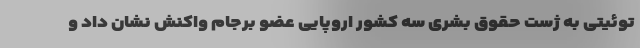
توئیتی به ژست حقوق بشری سه کشور اروپایی عضو برجام واکنش نشان داد و